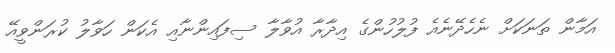
އަމާން ތަނަކަށް ނެހެެދޭނެއެ ފުލުހުންގެ އިދާރާ އުވާލާ ސިފައިންނާއި އެކަން ހަވާލު ކުރަންވީއޭ